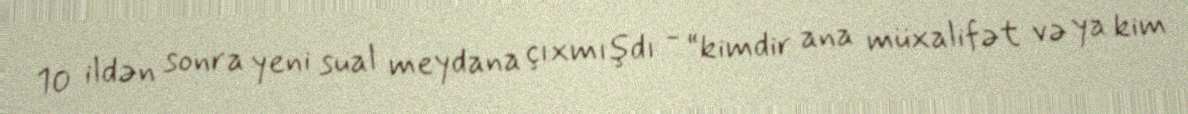
10 ildən sonra yeni sual meydana çıxmışdı - “kimdir ana müxalifət və ya kim